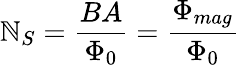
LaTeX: \mathbb{N}_{S}={\frac{{BA}}{{\Phi_{0}}}}={\frac{{\Phi_{mag}}}{{\Phi_{0}}}}